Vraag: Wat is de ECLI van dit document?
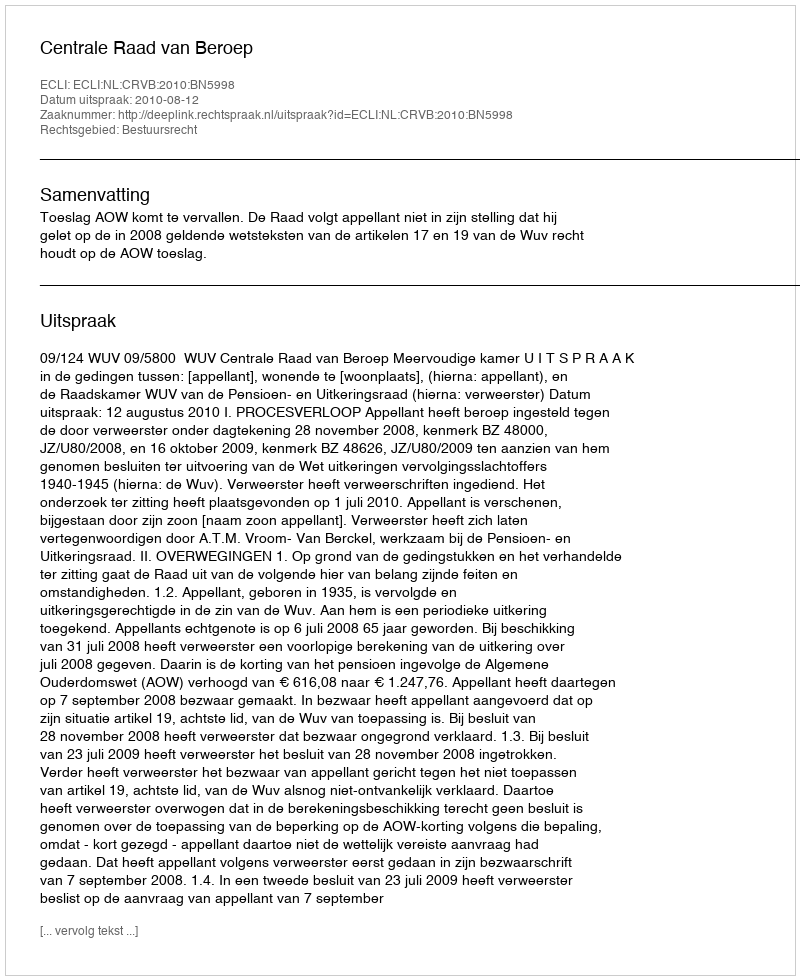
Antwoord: ECLI:NL:CRVB:2010:BN5998